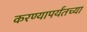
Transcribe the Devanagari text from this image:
करण्यापर्यंतच्या